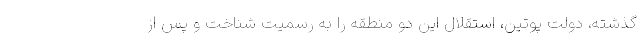
گذشته، دولت پوتین، استقلال این دو منطقه را به رسمیت شناخت و پس از